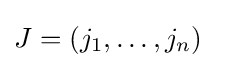
J=(j_{1},\dots ,j_{n})\